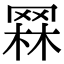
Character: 𦋗